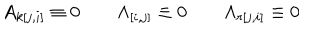
LaTeX: A _ { k [ j , i ] } \equiv 0 \qquad \Lambda _ { [ i , j ] } \equiv 0 \qquad \Lambda _ { r [ j , i ] } \equiv 0